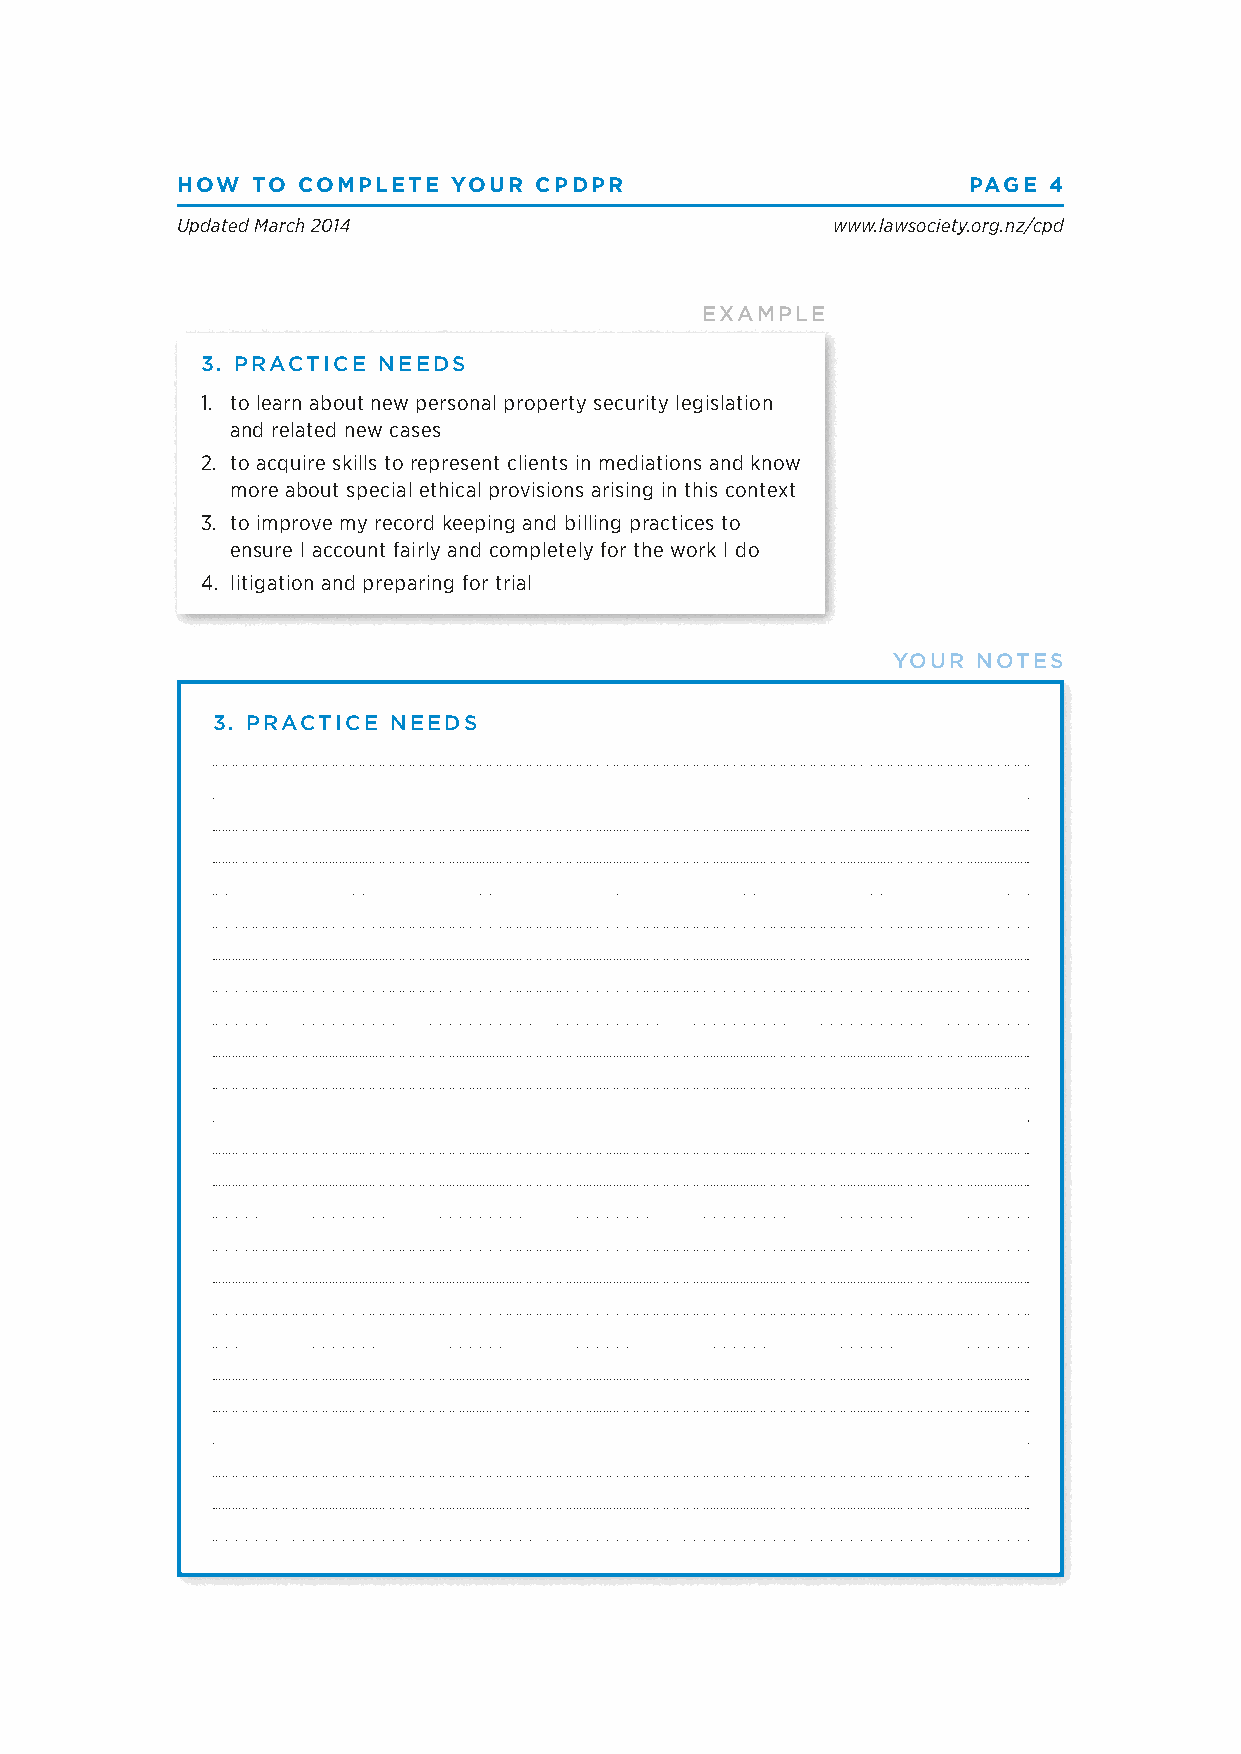
HOW  TO COMPLETE  YOUR CPDPR                        PAGE 4
 Updated March 2014                         www.lawsociety.org.nz/cpd
 EXAMPLE
 3. PRACTICE NEEDS
 1. to learn about new personal property security legislation
 and related new cases
 2. to acquire skills to represent clients in mediations and know
 more about special ethical provisions arising in this context
 3. to improve my record keeping and billing practices to
 ensure I account fairly and completely for the work I do
 4. litigation and preparing for trial
 YOUR  NOTES
 3. PRACTICE NEEDS